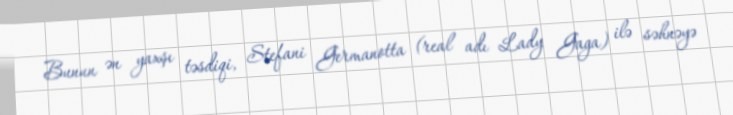
Bunun ən yaxşı təsdiqi, Stefani Germanotta (real adı Lady Gaga) ilə səhnəyə